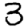
Digit: 3